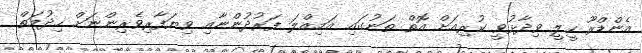
އެންޑްރޫ ހީލީ ވިދާޅުވީ ކުރިއަށް އޮތް ތަނުގައި އަމިއްލަ ފަރުދުންނާއި ވިޔަފާރިވެރިންނަށް ހިދުމަތް